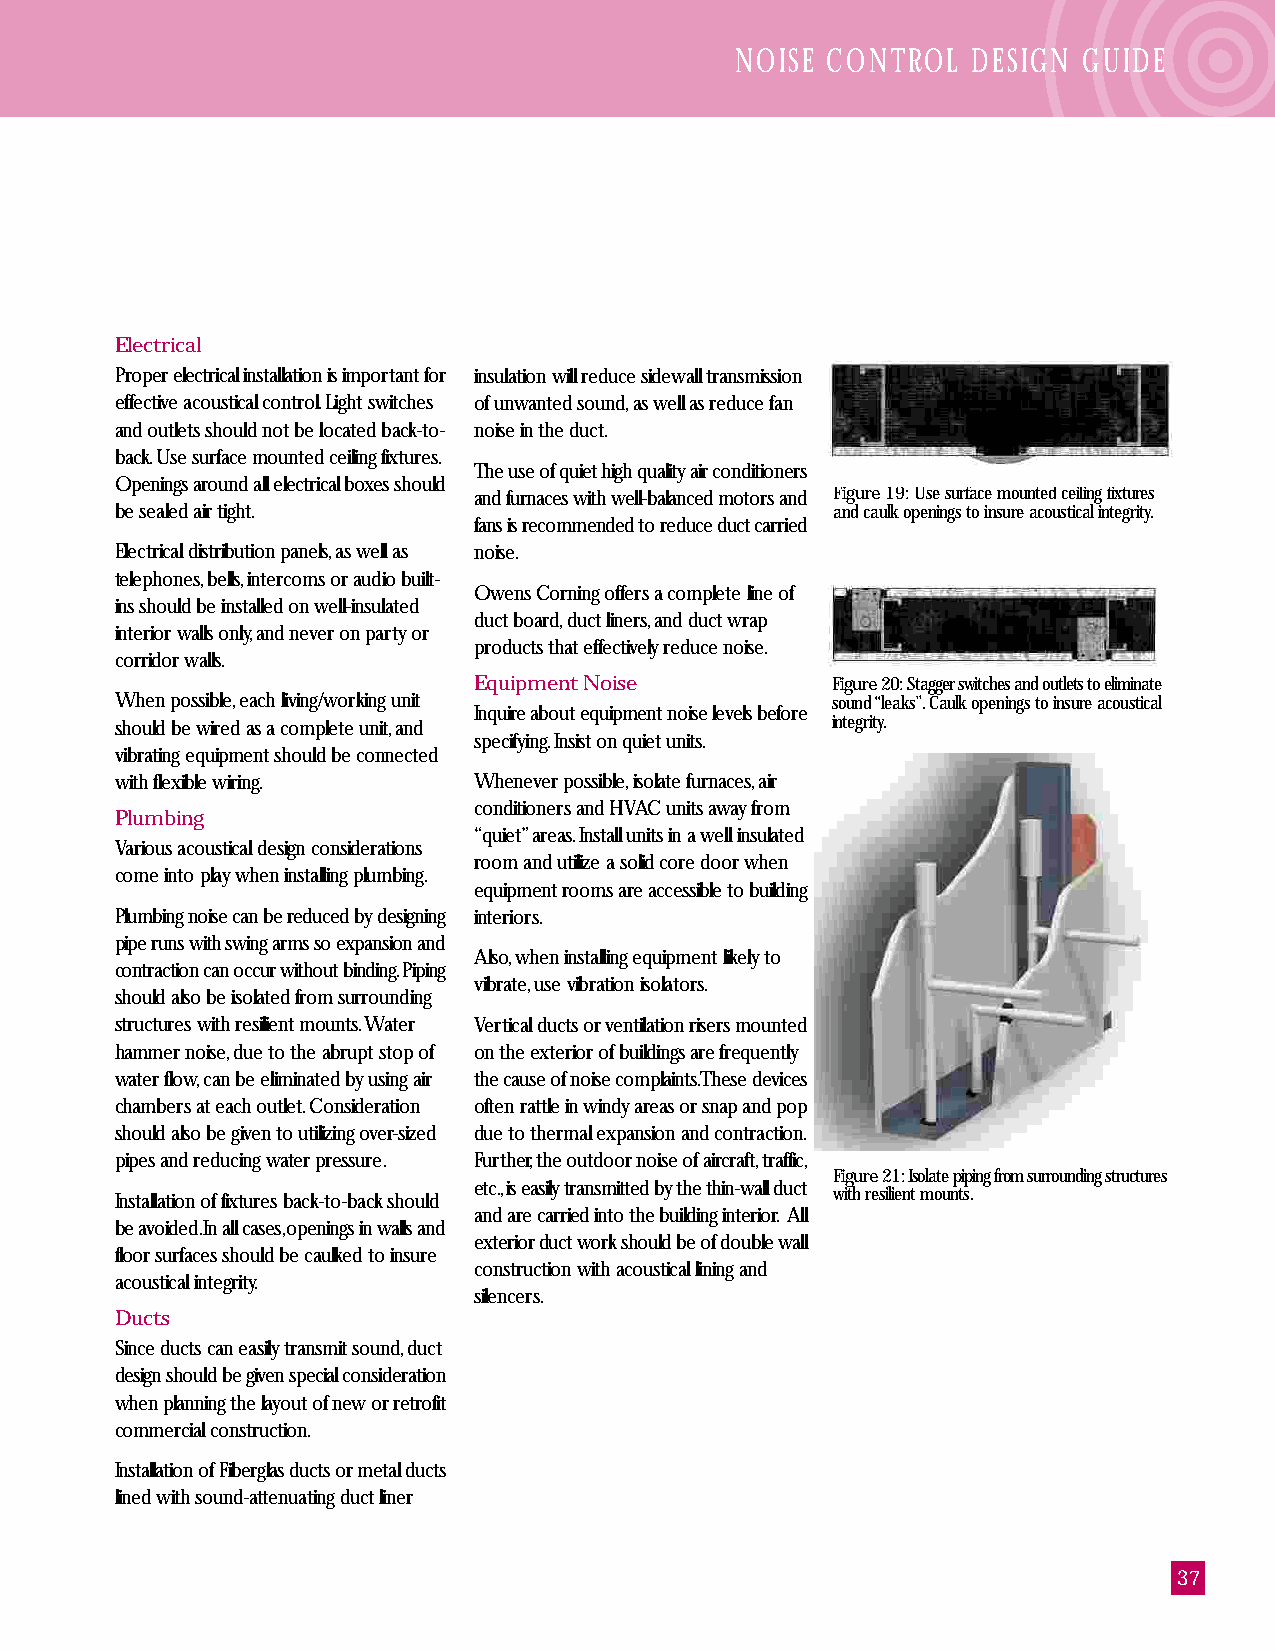
NOISE CONTROL  DESIGN  GUIDE
 Electrical
 Proper electrical installation is important for insulation will reduce sidewall transmission
 effective acoustical control. Light switches of unwanted sound, as well as reduce fan
 and outlets should not be located back-to- noise in the duct.
 back. Use surface mounted ceiling fixtures.
 The use of quiet high quality air conditioners
 Openings around all electrical boxes should
 and furnaces with well-balanced motors and Figure 19: Use surface mounted ceiling fixtures
 be sealed air tight.                           and caulk openings to insure acoustical integrity.
 fans is recommended to reduce duct carried
 Electrical distribution panels, as well as noise.
 telephones, bells, intercoms or audio built-
 Owens Corning offers a complete line of
 ins should be installed on well-insulated
 duct board, duct liners, and duct wrap
 interior walls only, and never on party or
 products that effectively reduce noise.
 corridor walls.
 Equipment Noise         Figure 20: Stagger switches and outlets to eliminate
 When possible, each living/working unit        sound “leaks”. Caulk openings to insure acoustical
 Inquire about equipment noise levels before
 should be wired as a complete unit, and        integrity.
 specifying. Insist on quiet units.
 vibrating equipment should be connected
 with flexible wiring.  Whenever possible, isolate furnaces, air
 conditioners and HVAC units away from
 Plumbing
 “quiet” areas. Install units in a well insulated
 Various acoustical design considerations
 room and utilize a solid core door when
 come into play when installing plumbing.
 equipment rooms are accessible to building
 Plumbing noise can be reduced by designing interiors.
 pipe runs with swing arms so expansion and
 Also, when installing equipment likely to
 contraction can occur without binding. Piping
 vibrate, use vibration isolators.
 should also be isolated from surrounding
 structures with resilient mounts. Water Vertical ducts or ventilation risers mounted
 hammer noise, due to the abrupt stop of on the exterior of buildings are frequently
 water flow, can be eliminated by using air the cause of noise complaints. These devices
 chambers at each outlet. Consideration often rattle in windy areas or snap and pop
 should also be given to utilizing over-sized due to thermal expansion and contraction.
 pipes and reducing water pressure. Further, the outdoor noise of aircraft, traffic,
 Figure 21: Isolate piping from surrounding structures
 etc., is easily transmitted by the thin-wall duct
 Installation of fixtures back-to-back should   with resilient mounts.
 and are carried into the building interior. All
 be avoided. In all cases, openings in walls and
 exterior duct work should be of double wall
 floor surfaces should be caulked to insure
 construction with acoustical lining and
 acoustical integrity.
 silencers.
 Ducts
 Since ducts can easily transmit sound, duct
 design should be given special consideration
 when planning the layout of new or retrofit
 commercial construction.
 Installation of Fiberglas ducts or metal ducts
 lined with sound-attenuating duct liner
 37